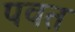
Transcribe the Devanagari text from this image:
पवत